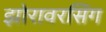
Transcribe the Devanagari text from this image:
झोरावरसिंग